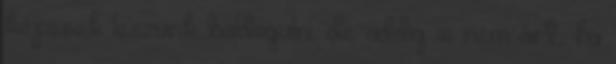
képesek leszünk boldogulni, de addig is nem árt, ha